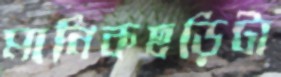
মানিকছড়িটা